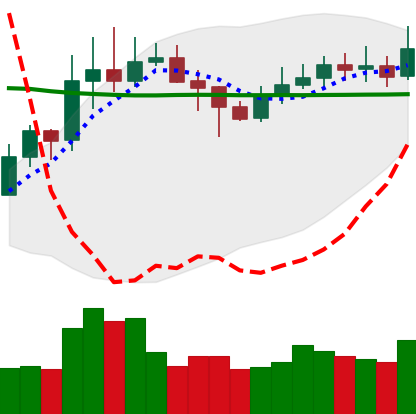
Ticker: XLM-USD
Chart end date: 2020-02-02
Forward return: 13.032%
Label: up_7plus